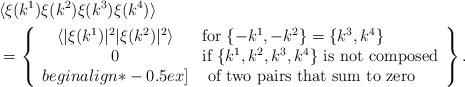
LaTeX: \begin{align*}\lefteqn{\langle\xi(k^1)\xi(k^2)\xi(k^3)\xi(k^4)\rangle}\\&=\left\{\begin{array}{cl}\langle|\xi(k^1)|^2|\xi(k^2)|^2\rangle&\mbox{for}\;\{-k^1,-k^2\}=\{k^3,k^4\}\\0&\mbox{if $\{k^1,k^2,k^3,k^4\}$ is not composed}\\begin{align*}-0.5ex]&\mbox{ of two pairs that sum to zero}\end{array}\right\}.\end{align*}